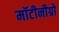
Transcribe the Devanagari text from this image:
मॉटीनीग्रो